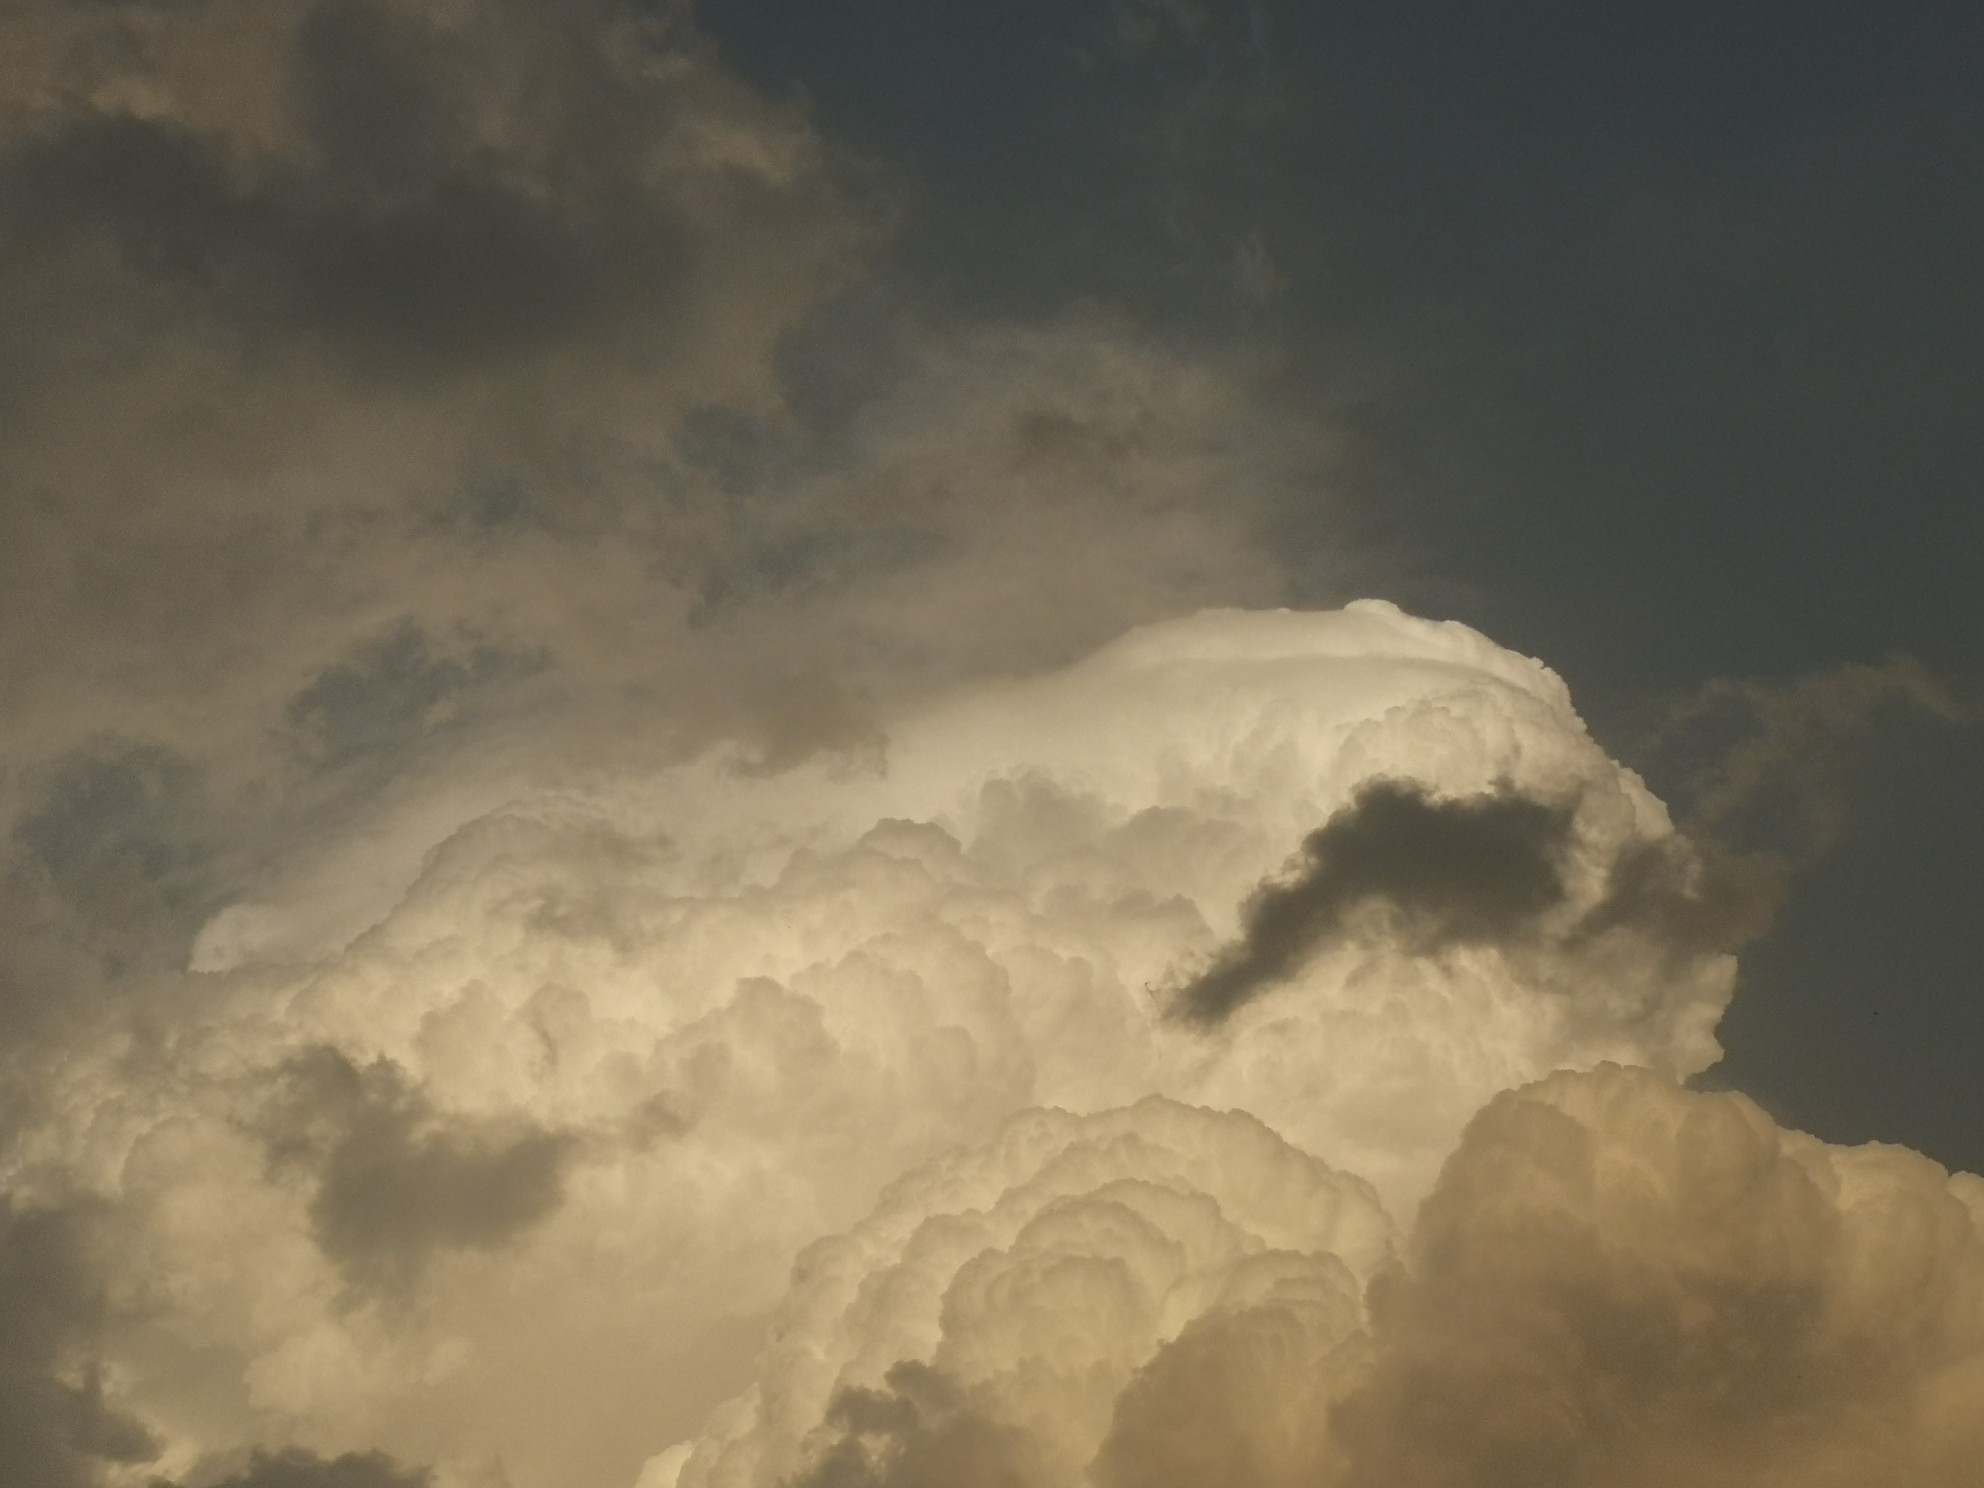
黑云压城城欲摧，甲光向日金鳞开。